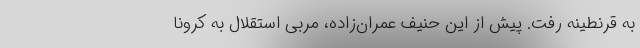
به قرنطینه رفت. پیش از این حنیف عمران‌زاده، مربی استقلال به کرونا